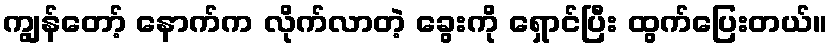
ကျွန်တော့် နောက်က လိုက်လာတဲ့ ခွေးကို ရှောင်ပြီး ထွက်ပြေးတယ်။